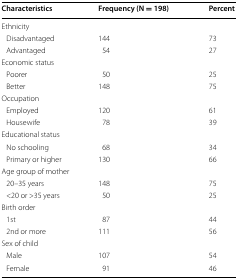
<table><thead><tr><td><b>Characteristics</b></td><td><b>Frequency (N = 198)</b></td><td><b>Percent</b></td></tr></thead><tbody><tr><td colspan="3">Ethnicity</td></tr><tr><td> Disadvantaged</td><td>144</td><td>73</td></tr><tr><td> Advantaged</td><td>54</td><td>27</td></tr><tr><td colspan="3">Economic status</td></tr><tr><td> Poorer</td><td>50</td><td>25</td></tr><tr><td> Better</td><td>148</td><td>75</td></tr><tr><td colspan="3">Occupation</td></tr><tr><td> Employed</td><td>120</td><td>61</td></tr><tr><td> Housewife</td><td>78</td><td>39</td></tr><tr><td colspan="3">Educational status</td></tr><tr><td> No schooling</td><td>68</td><td>34</td></tr><tr><td> Primary or higher</td><td>130</td><td>66</td></tr><tr><td colspan="3">Age group of mother</td></tr><tr><td> 20–35 years</td><td>148</td><td>75</td></tr><tr><td> &lt;20 or &gt;35 years</td><td>50</td><td>25</td></tr><tr><td colspan="3">Birth order</td></tr><tr><td> 1st</td><td>87</td><td>44</td></tr><tr><td> 2nd or more</td><td>111</td><td>56</td></tr><tr><td colspan="3">Sex of child</td></tr><tr><td> Male</td><td>107</td><td>54</td></tr><tr><td> Female</td><td>91</td><td>46</td></tr></tbody></table>